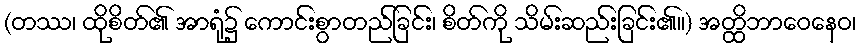
(တဿ၊ ထိုစိတ်၏ အာရုံ၌ ကောင်းစွာတည်ခြင်း၊ စိတ်ကို သိမ်းဆည်းခြင်း၏။) အတ္ထိဘာဝေနေဝ၊